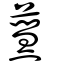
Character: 𤑒